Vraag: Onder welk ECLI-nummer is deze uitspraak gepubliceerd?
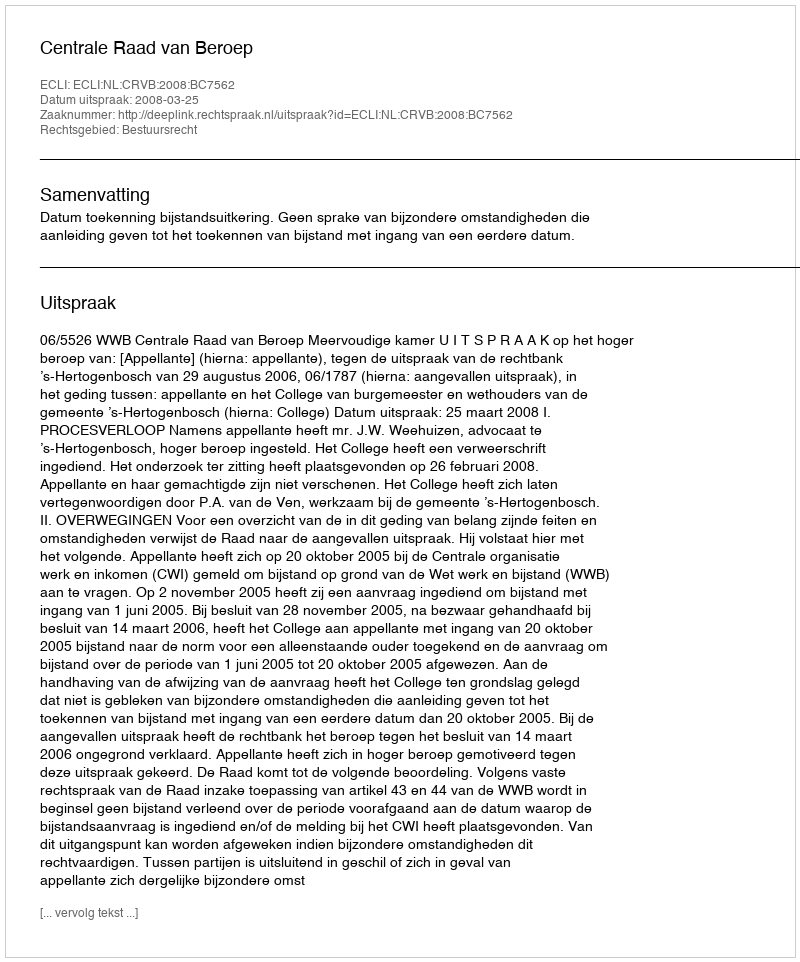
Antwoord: ECLI:NL:CRVB:2008:BC7562